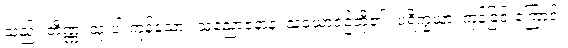
သည်။ တိဏ္ဏံ၊ သုံးပါးကုန်သော။ သညောဇနာနံ၊ သံယောဇဉ်တို့၏။ ပရိက္ခယာ၊ ကုန်ခြင်းကြောင့်။